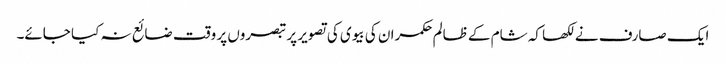
ایک صارف نے لکھا کہ شام کے ظالم حکمران کی بیوی کی تصویر پر تبصروں پر وقت ضائع نہ کیا جائے۔